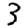
Digit: 3